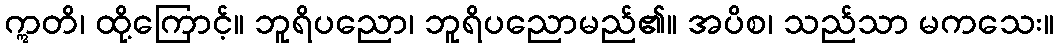
ဣတိ၊ ထို့ကြောင့်။ ဘူရိပညော၊ ဘူရိပညောမည်၏။ အပိစ၊ သည်သာ မကသေး။